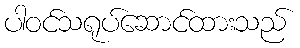
ပါဝင်သရုပ်ဆောင်ထားသည်